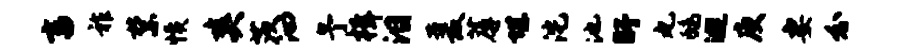
畜祚禁愤爽茨汩予楫泪爰蓐堪沱池盱丸鸱逃庾妻分